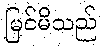
မြင်မိသည်